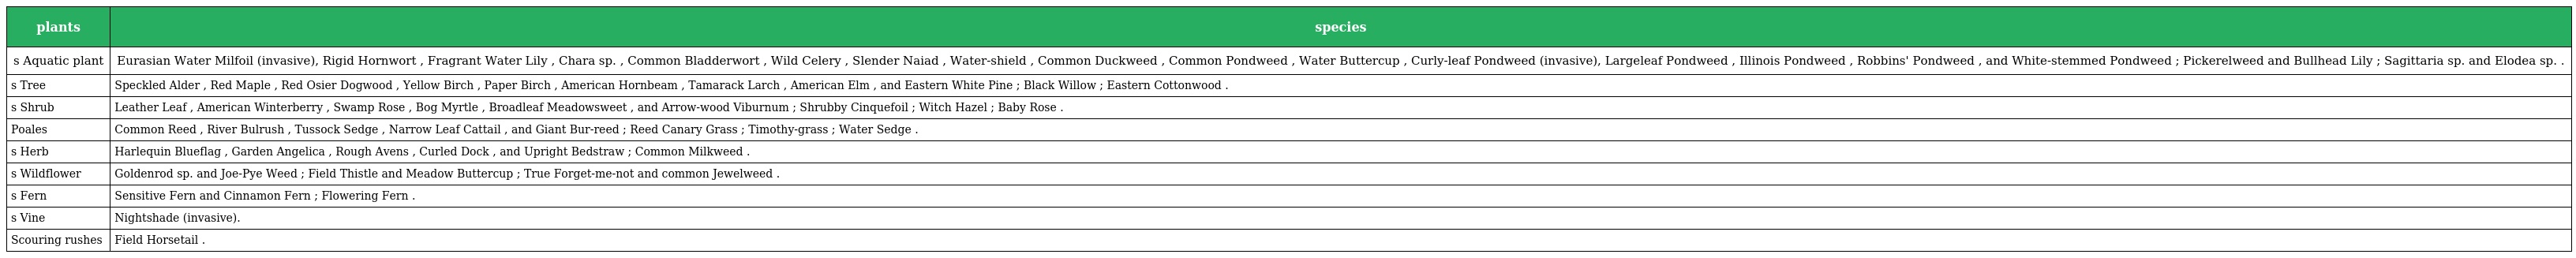
| plants | species |
 | --- | --- |
 | s Aquatic plant | Eurasian Water Milfoil (invasive), Rigid Hornwort , Fragrant Water Lily , Chara sp. , Common Bladderwort , Wild Celery , Slender Naiad , Water-shield , Common Duckweed , Common Pondweed , Water Buttercup , Curly-leaf Pondweed (invasive), Largeleaf Pondweed , Illinois Pondweed , Robbins' Pondweed , and White-stemmed Pondweed ; Pickerelweed and Bullhead Lily ; Sagittaria sp. and Elodea sp. . |
 | s Tree | Speckled Alder , Red Maple , Red Osier Dogwood , Yellow Birch , Paper Birch , American Hornbeam , Tamarack Larch , American Elm , and Eastern White Pine ; Black Willow ; Eastern Cottonwood . |
 | s Shrub | Leather Leaf , American Winterberry , Swamp Rose , Bog Myrtle , Broadleaf Meadowsweet , and Arrow-wood Viburnum ; Shrubby Cinquefoil ; Witch Hazel ; Baby Rose . |
 | Poales | Common Reed , River Bulrush , Tussock Sedge , Narrow Leaf Cattail , and Giant Bur-reed ; Reed Canary Grass ; Timothy-grass ; Water Sedge . |
 | s Herb | Harlequin Blueflag , Garden Angelica , Rough Avens , Curled Dock , and Upright Bedstraw ; Common Milkweed . |
 | s Wildflower | Goldenrod sp. and Joe-Pye Weed ; Field Thistle and Meadow Buttercup ; True Forget-me-not and common Jewelweed . |
 | s Fern | Sensitive Fern and Cinnamon Fern ; Flowering Fern . |
 | s Vine | Nightshade (invasive). |
 | Scouring rushes | Field Horsetail . |